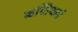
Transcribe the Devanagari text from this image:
बशिवलं